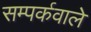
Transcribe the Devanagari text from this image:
सम्पर्कवाले